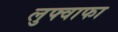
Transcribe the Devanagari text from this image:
लुफ्वाफा